Vaccination North-Western Provinces 1866-1877 - 1866-1877
Year: 1866
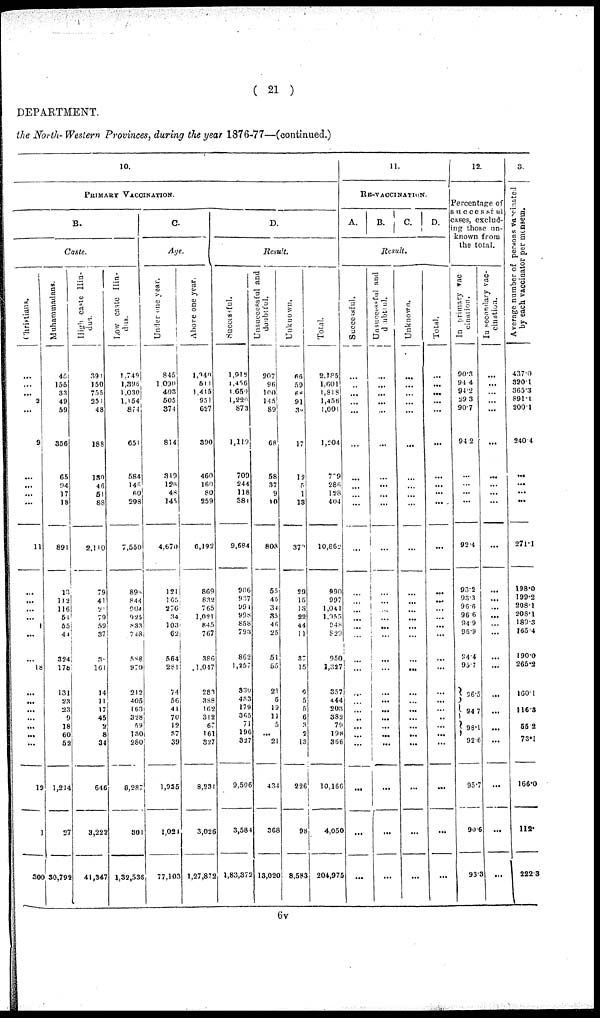
( 21 )
DEPARTMENT.
the North- Western Provinces, during the year 1876-77—(continued.)
10.
PRIMARY VACCINATION.
B.
Caste.
Christians.
...
...
...
2
...
9
...
...
...
...
11
...
...
...
...
1
...
...
18
...
...
...
...
...
...
...
19
1
300
Muhammadans.
45
155
33
49
59
356
65
94
17
18
891
13
112
116
51
55
44
324
178
131
23
23
9
18
60
52
1,214
27
30,792
High caste Hin-
dus.
391
150
755
251
48
188
130
46
51
88
2,110
79
41
21
79
59
37
3
161
14
11
17
45
2
8
34
646
3,222
41,347
Low caste Hin-
dus.
1,749
1,396
1,030
1,154
874
651
584
146
60
298
7,550
893
844
204
925
833
748
588
970
212
405
163
328
59
130
280
8,287
801
1,32,536
C.
Age.
Under one year.
845
1,090
403
505
374
814
319
126
48
145
4,670
121
165
276
34
103
62
564
281
74
56
41
70
12
37
39
1,935
1,021
77,103
Above one year.
1,340
511
1,415
951
627
390
460
160
80
259
6,192
869
832
765
1,021
845
767
386
1,047
283
388
162
312
67
161
327
8,231
3,026
1,27,872
D.
Result.
Successful.
1,912
l,456
1,650
1,220
873
1,119
709
244
118
381
9,684
906
937
99l
998
858
793
862
1,257
330
433
179
365
71
196
327
9,506
3,584
1,83,372
Unsuccessful and
doubtful.
207
96
l00
145
89
68
58
37
9
10
808
55
45
34
35
46
25
51
55
21
6
19
11
5
... 21
434
368
13,020
Unkuown.
66
59
68
91
39
17
12
5
1
13
370
29
15
13
22
44
11
37
15
6
5
5
6
3
2
13
226
98
8,583
Total.
2,185
1.601
1,818
1,456
1,001
1,204
779
286
128
404
10,862
990
997
1,041
1.055
948
829
950
1,327
357
444
203
332
79
198
366
10,166
4,050
204,975
11.
RE-VACCINATION.
A.
B.
C. D.
Result.
Successful.
...
...
...
...
...
...
...
...
...
...
...
...
...
...
...
...
...
...
...
...
...
...
...
...
...
...
...
...
...
Unsuccessful and
doubtful.
...
...
...
...
...
...
...
...
...
...
...
...
...
...
...
...
...
...
...
...
...
...
...
...
...
...
...
...
...
Unknown.
...
...
...
...
...
...
...
...
...
...
...
...
...
...
...
...
...
...
...
...
...
...
...
...
...
...
...
...
...
Total.
...
...
...
...
...
...
...
...
...
...
...
...
...
...
...
...
...
...
...
...
...
...
...
...
...
...
...
...
...
12.
Percentage of
successful
cases, exclud-
ing those un-
known from
the total.
In primary vac
cination.
90.3
94.4
94.2
29.3
90.7
94.2
...
...
...
...
92.4
93.2
93.3
96.6
96.6
94.9
96.9
94.4
95.7
96.5
94.7
98.1
92.6
95.7
90.6
93.3
In secondary vac-
cination.
...
...
...
...
...
...
...
...
...
...
...
...
...
...
...
...
...
...
...
...
...
...
...
...
...
...
13.
Average number of persons vaccinated
by each vaccinator per mensem.
437.0
320.1
365.3
891.1
200.1
240.4
...
...
...
...
271.1
198.0
199.2
208.1
208.1
189.3
165.4
190.0
265.2
160.1
116.3
55.2
73.1
166.0
112.
222.3
6v